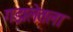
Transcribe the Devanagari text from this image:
गझलेतला